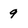
Character: 9